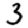
Digit: 3